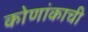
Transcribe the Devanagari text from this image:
कोणांकाची